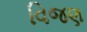
વિજણ